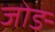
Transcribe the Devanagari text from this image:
जोङ